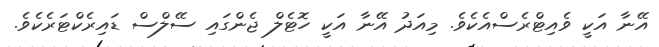
އޭނާ އަކީ ވެއިޓްރެސްއެކެވެ. މިއަދު އޭނާ އަކީ ހޮޓެލް ޖެންގައި ސޭލްސް ޑައިރެކްޓަރެކެވެ.